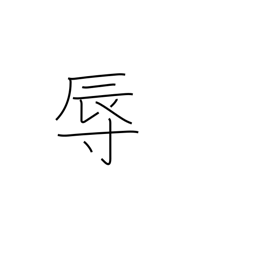
Meaning: humiliate